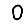
Digit: 0